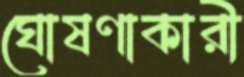
ঘোষণাকারী